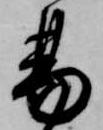
易